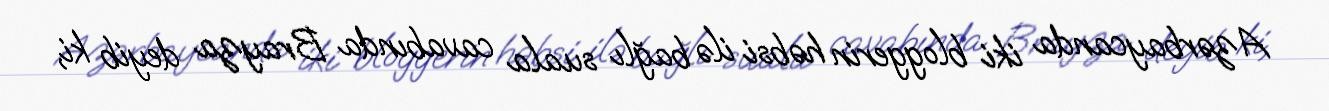
Azərbaycanda iki bloggerin həbsi ilə bağlı suala cavabında Brayza deyib ki,